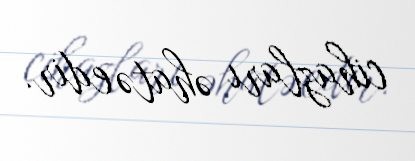
cihazları əhatə edir.